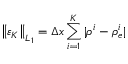
\left\| \varepsilon _ { K } \right\| _ { L _ { 1 } } = \Delta x \sum _ { i = 1 } ^ { K } | \rho ^ { i } - \rho _ { e } ^ { i } |